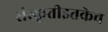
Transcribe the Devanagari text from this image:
संस्कृतीइतकेच